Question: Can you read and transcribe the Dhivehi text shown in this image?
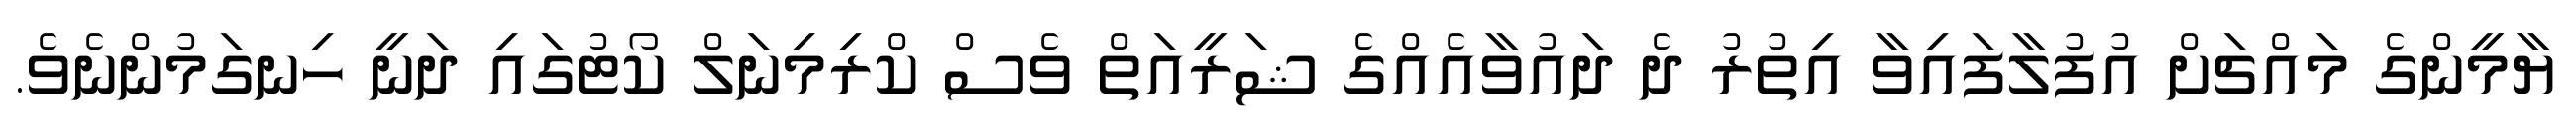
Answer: ޔާމީންގެ މައްޗަށް އުފުލާފައިވާ އިތުރު ދެ ދައުވާއެއްގެ ޝަރީއަތް ވެސް ކްރިމިނަލް ކޯޓުގައި ދަނީ ހިނގަމުންނެވެ.